Annual vaccination report of Bihar and Orissa - 1911-1928
Year: 1911
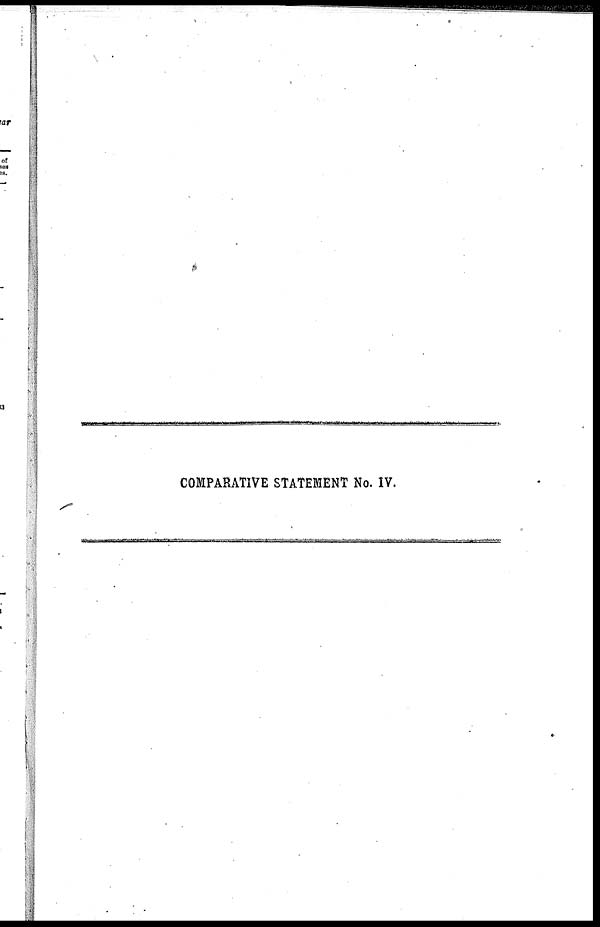
COMPARATIVE STATEMENT No. IV.